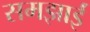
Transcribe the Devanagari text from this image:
समझाईं